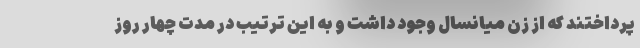
پرداختند که از زن میانسال وجود داشت و به این ترتیب در مدت چهار روز